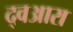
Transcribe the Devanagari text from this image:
द्वआरा